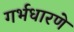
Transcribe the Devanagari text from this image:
गर्भधारणे